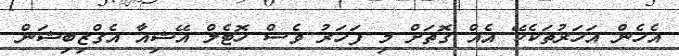
އެހެން އަހަރުތަކެކޭ އެއް ގޮތަށް މި ފަހަރު ވެސް ހޮޓެލް އޭޝިއާ އެގްޒިބިޝަން